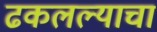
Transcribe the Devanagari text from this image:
ढकलल्याचा